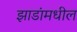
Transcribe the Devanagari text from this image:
झाडांमधील